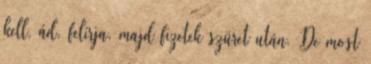
kell, ád, felírja, majd fizetek szüret után. De most